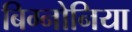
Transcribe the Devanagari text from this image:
बिग्नोनिया